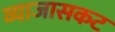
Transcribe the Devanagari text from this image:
व्याजासकट